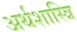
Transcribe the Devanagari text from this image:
अर्थशास्त्रि